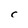
Character: r